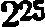
225